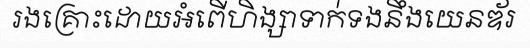
រងគ្រោះដោយអំពើហិង្សាទាក់ទងនឹងយេនឌ័រ